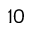
1 0